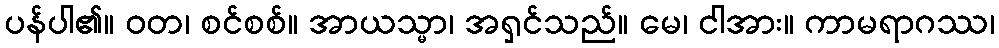
ပန်ပါ၏။ ဝတ၊ စင်စစ်။ အာယသ္မာ၊ အရှင်သည်။ မေ၊ ငါအား။ ကာမရာဂဿ၊